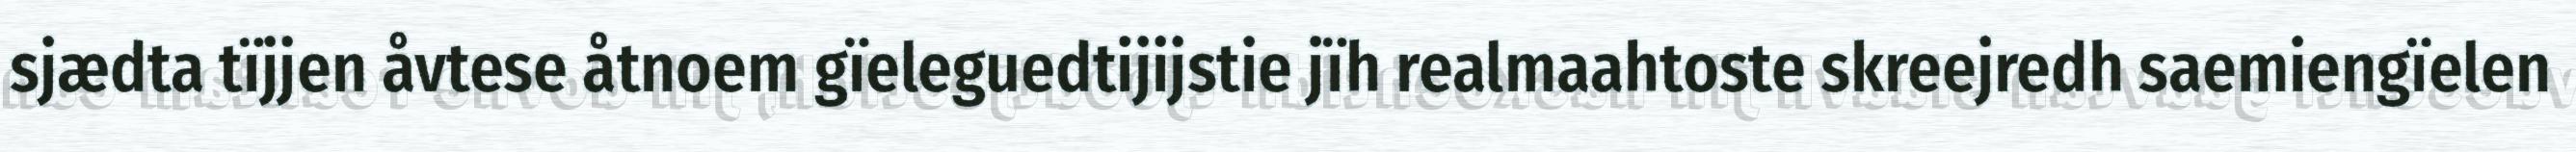
sjædta tïjjen åvtese åtnoem gïeleguedtijijstie jïh realmaahtoste skreejredh saemiengïelen